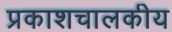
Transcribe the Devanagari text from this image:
प्रकाशचालकीय